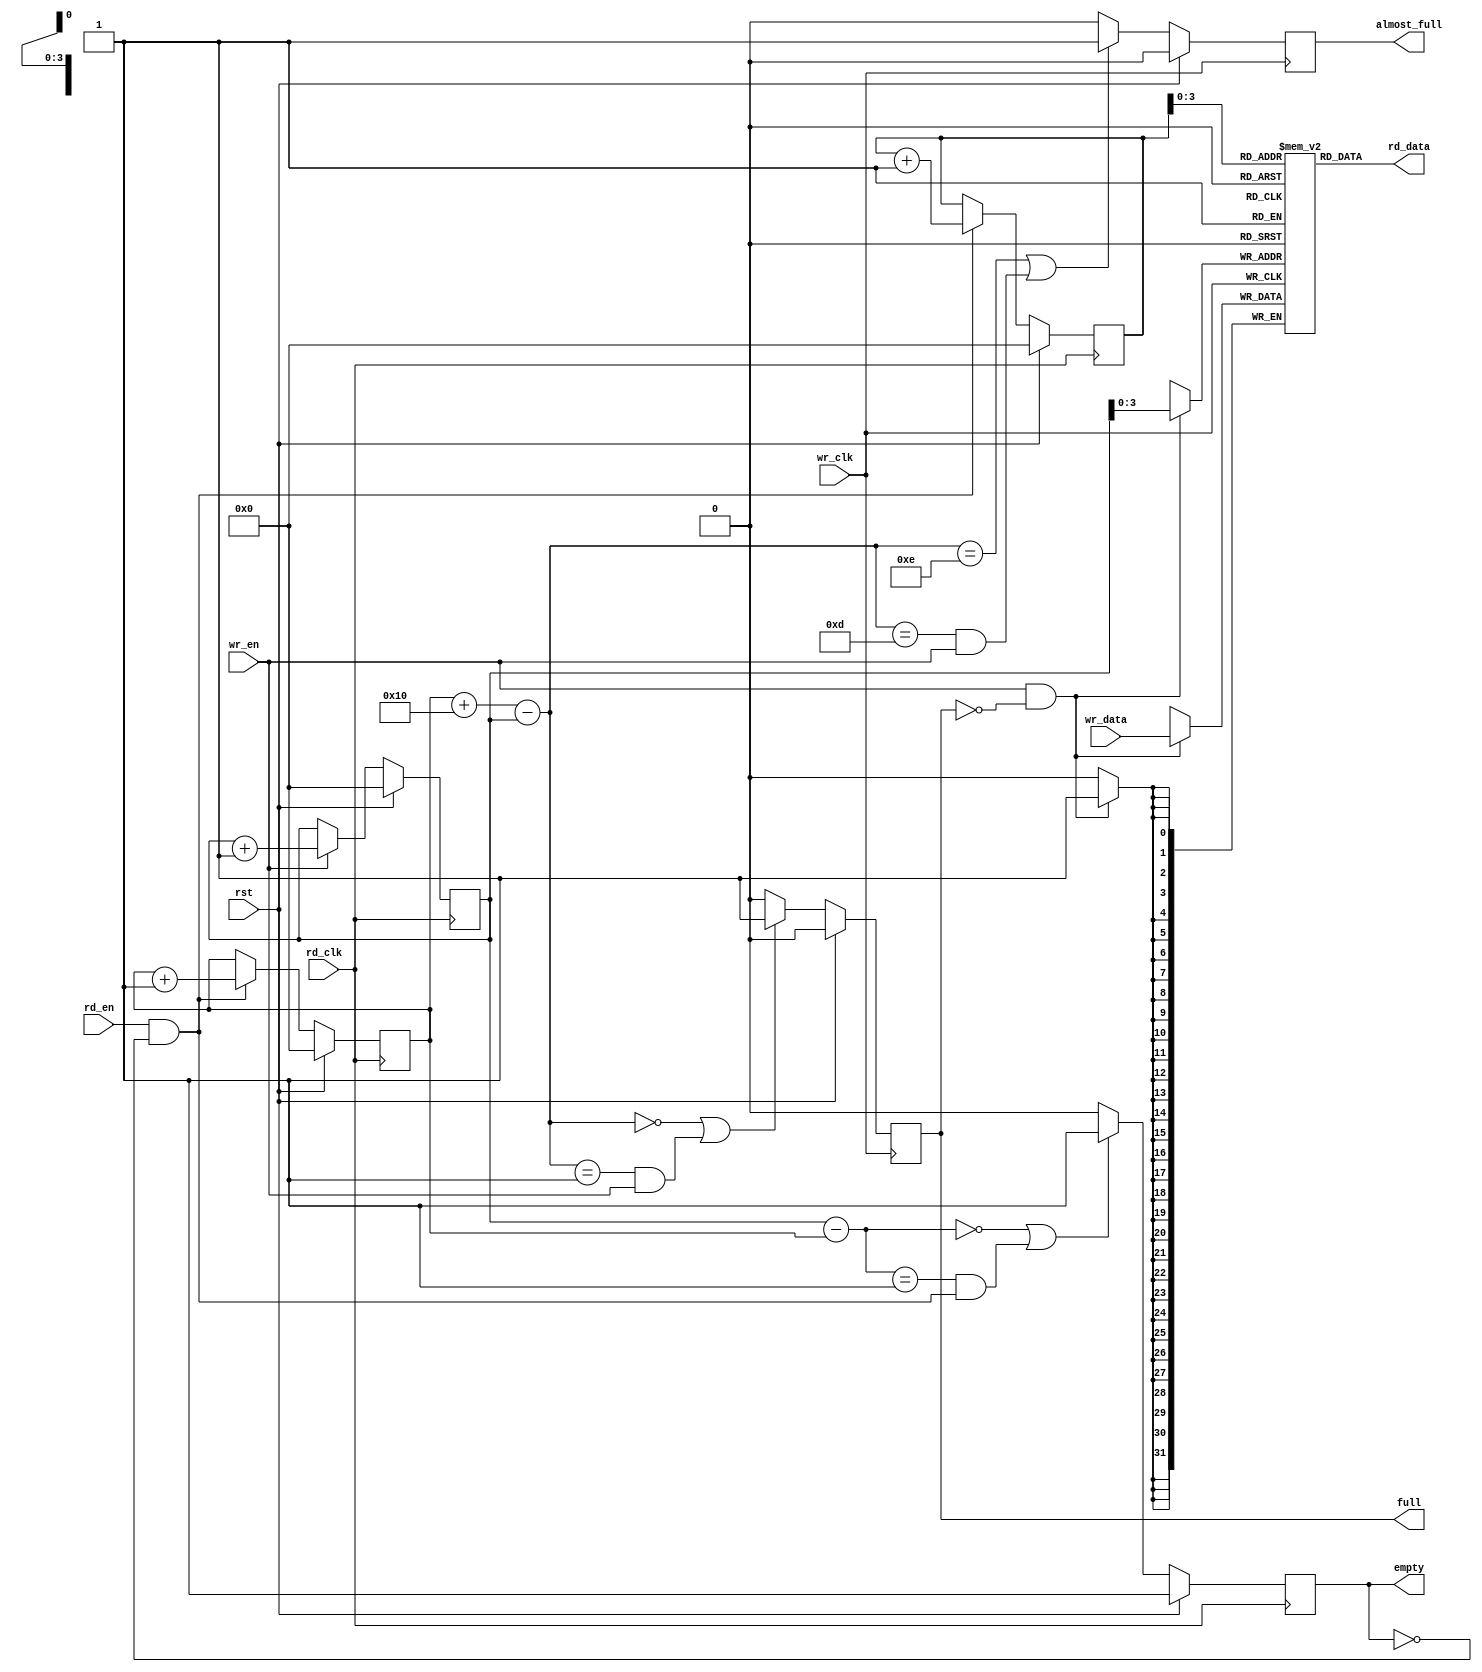
module afifo #
(
 parameter TCQ           = 100,
 parameter DSIZE = 32,
 parameter FIFO_DEPTH = 16,
 parameter ASIZE = 4,
 parameter SYNC = 1   // only has always '1' logic.
)
(
input              wr_clk, 
input              rst,
input              wr_en,
input [DSIZE-1:0]  wr_data,
input              rd_en, 
input              rd_clk, 
output [DSIZE-1:0] rd_data,
output reg         full,
output reg         empty,
output reg         almost_full
);

// memory array
reg [DSIZE-1:0] mem [0:FIFO_DEPTH-1];

//Read Capture Logic
// if Sync = 1, then no need to remove metastability logic because wrclk = rdclk
reg [ASIZE:0]    rd_capture_ptr;
reg [ASIZE:0]    pre_rd_capture_gray_ptr;
reg [ASIZE:0]    rd_capture_gray_ptr;

reg [ASIZE:0] wr_capture_ptr;
reg [ASIZE:0] pre_wr_capture_gray_ptr;
reg [ASIZE:0] wr_capture_gray_ptr;
wire [ASIZE:0] buf_avail;
wire [ASIZE:0] buf_filled;
wire [ASIZE-1:0] wr_addr, rd_addr;

reg [ASIZE:0]   wr_ptr, rd_ptr,rd_ptr_cp;
integer i,j,k;


// for design that use the same clock for both read and write
generate
if (SYNC == 1) begin: RDSYNC
   always @ (rd_ptr)
     rd_capture_ptr = rd_ptr;
end
endgenerate



//capture the wr_gray_pointers to rd_clk domains and convert the gray pointers to binary pointers 
// before do comparison.


  
// if Sync = 1, then no need to remove metastability logic because wrclk = rdclk
generate
if (SYNC == 1) begin: WRSYNC
always @ (wr_ptr)
    wr_capture_ptr = wr_ptr;
end
endgenerate

// dualport ram 
// Memory (RAM) that holds the contents of the FIFO


assign wr_addr = wr_ptr[ASIZE-1:0];
assign rd_data = mem[rd_addr];
always @(posedge wr_clk)
begin
if (wr_en && !full)
  mem[wr_addr] <= #TCQ wr_data;

end


// Read Side Logic


assign rd_addr = rd_ptr_cp[ASIZE-1:0];
assign rd_strobe = rd_en && !empty;

integer n;
    // change the binary pointer to gray pointer


always @(posedge rd_clk)
begin
if (rst)
   begin
        rd_ptr <= #TCQ 'b0;
        rd_ptr_cp <= #TCQ 'b0;
        
   end
else begin
    if (rd_strobe) begin
        rd_ptr <= #TCQ rd_ptr + 1'b1;
        rd_ptr_cp <= #TCQ rd_ptr_cp + 1'b1;
     
    end
        
    // change the binary pointer to gray pointer
end

end

//generate empty signal
assign buf_filled = wr_capture_ptr - rd_ptr;
               
always @ (posedge rd_clk )
begin
   if (rst)
        empty <= #TCQ 1'b1;
   else if ((buf_filled == 0) || (buf_filled == 1 && rd_strobe))
        empty <= #TCQ 1'b1;
   else
        empty <= #TCQ 1'b0;
end        


// write side logic;

reg [ASIZE:0] wbin;
wire [ASIZE:0] wgraynext, wbinnext;



always @(posedge rd_clk)
begin
if (rst)
   begin
        wr_ptr <= #TCQ 'b0;
   end
else begin
    if (wr_en)
        wr_ptr <= #TCQ wr_ptr + 1'b1;
        
    // change the binary pointer to gray pointer
end

end


// change the write pointer to gray pointer
       
// calculate how many buf still available
assign buf_avail = (rd_capture_ptr + 5'd16) - wr_ptr;

always @ (posedge wr_clk )
begin
   if (rst) 
        full <= #TCQ 1'b0;
   else if ((buf_avail == 0) || (buf_avail == 1 && wr_en))
        full <= #TCQ 1'b1;
   else
        full <= #TCQ 1'b0;
end        


always @ (posedge wr_clk )
begin
   if (rst) 
        almost_full <= #TCQ 1'b0;
   else if ((buf_avail == FIFO_DEPTH - 2 ) || ((buf_avail == FIFO_DEPTH -3) && wr_en))
        almost_full <= #TCQ 1'b1;
   else
        almost_full <= #TCQ 1'b0;
end        

endmodule